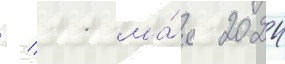
/ 11 ма́я 2024